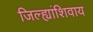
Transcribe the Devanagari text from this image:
जिल्ह्यांशिवाय